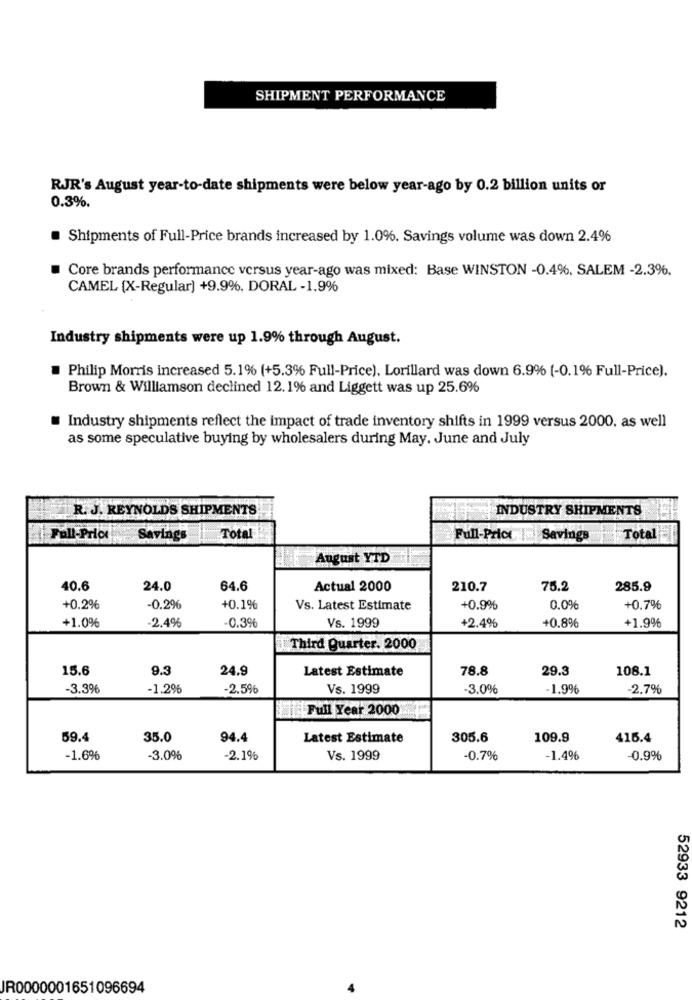
SHIPMENT PERFORMANCE
RJR's August year-to-date shipments were below year-ago by 0.2 billion units or
0.3%.
Shipments of Full-Price brands increased by 1.0%. Savings volume was down 2.4%
Core brands performance versus year-ago was mixed: Base WINSTON -0.4%, SALEM -2.3%,
CAMEL (X-Regular) +9.9%, DORAL -1.9%
Industry shipments were up 1.9% through August.
Philip Morris increased 5.1% (+5.3% Full-Price), Lorillard was down 6.9% (-0.1% Full-Price).
Brown & Williamson declined 12.1% and Liggett was up 25.6%
Industry shipments reflect the impact of trade inventory shifts in 1999 versus 2000, as well
as some speculative buying by wholesalers during May. June and July
R. J. REYNOLDS SHIPMENTS
INDUSTRY SHIPMENTS
Full-Price
Savings
Total
Full-Price = Savings
Total
August YTD
40.6
24.0
64.6
Actual 2000
210.7
75.2
285.9
+0.2%
-0.2%
+0.1%
Vs. Latest Estimate
+0.9%
0.0%
+0.7%
+1.0%
-2.4%
Vs. 1999
+2.4%
+0.8%
-0.3%
+1.9%
Third Quarter. 2000
15.6
9.3
24.9
Latest Estimate
78.8
29.3
108.1
-3.3%
-1.2%
-2.5%
Vs. 1999
-3.0%
-1.9%
-2,7%
Full Year 2000
59.4
35.0
94.4
Latest Estimate
305.6
109.9
416.4
-1.6%
-3.0%
-2.1%
Vs. 1999
-0.7%
-1.4%
-0.9%
52933 9212
JR0000001651096694